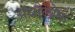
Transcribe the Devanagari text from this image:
अधौलोक